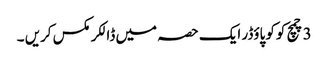
3 چمچ کوکو پاؤڈر ایک حصہ میں ڈالکر مکس کریں ۔